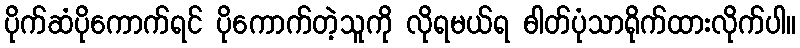
ပိုက်ဆံပိုကောက်ရင် ပိုကောက်တဲ့သူကို လိုရမယ်ရ ဓါတ်ပုံသာရိုက်ထားလိုက်ပါ။